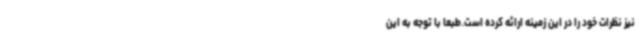
نیز نظرات خود را در این زمینه ارائه کرده است.طبعاً با توجه به این‌